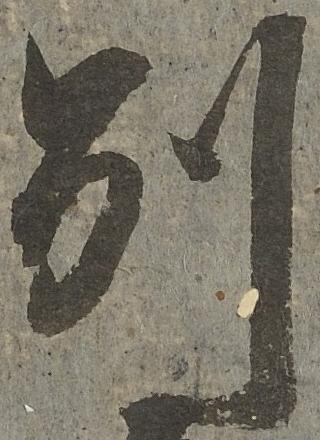
別